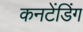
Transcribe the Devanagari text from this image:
कनटेंडिंग